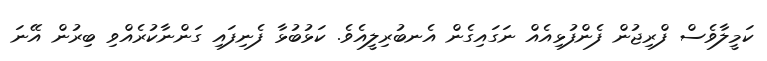
ކަމީލާވެސް ފްރިޖުން ފެންފުޅިއެއް ނަގައިގެން އެނބުރިލީއެވެ. ކަޅުބުޅާ ފެނިފައި ގަންނާކުރެއްވި ބިރުން އޭނަ